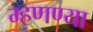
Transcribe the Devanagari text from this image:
म्हणण्या